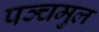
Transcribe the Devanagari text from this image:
पञ्चमुल